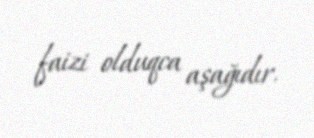
faizi olduqca aşağıdır.